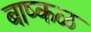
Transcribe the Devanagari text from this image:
बाष्कळ